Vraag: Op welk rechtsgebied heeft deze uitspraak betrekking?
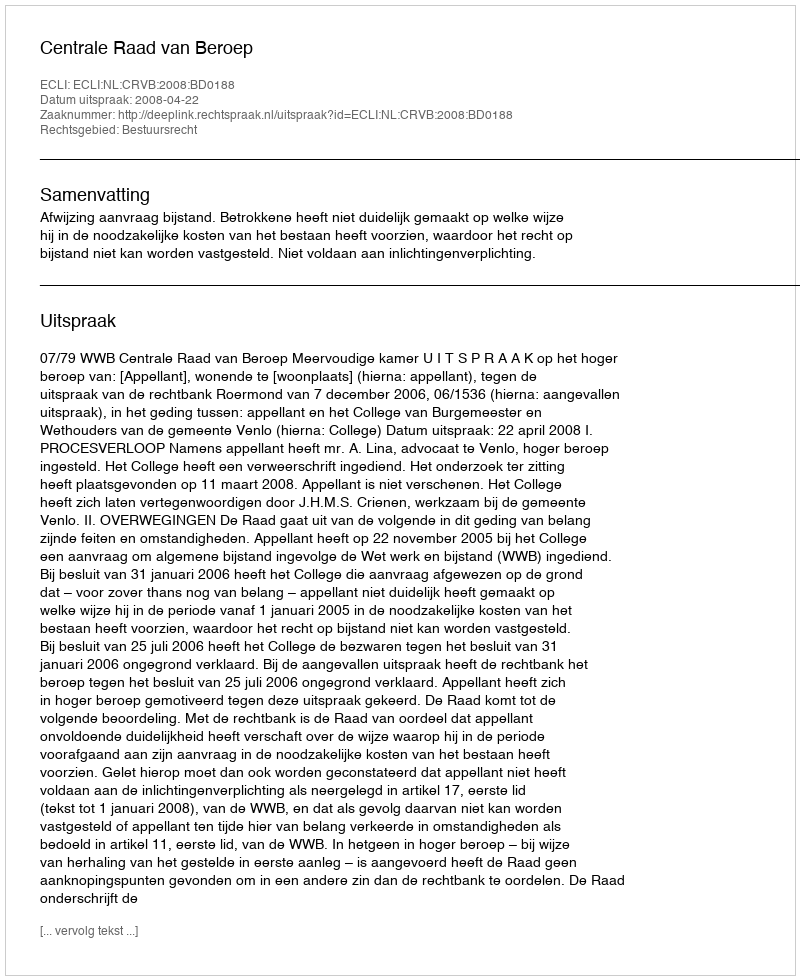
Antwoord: Bestuursrecht